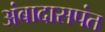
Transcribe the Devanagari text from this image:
अंबादासपंत